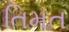
તિમત